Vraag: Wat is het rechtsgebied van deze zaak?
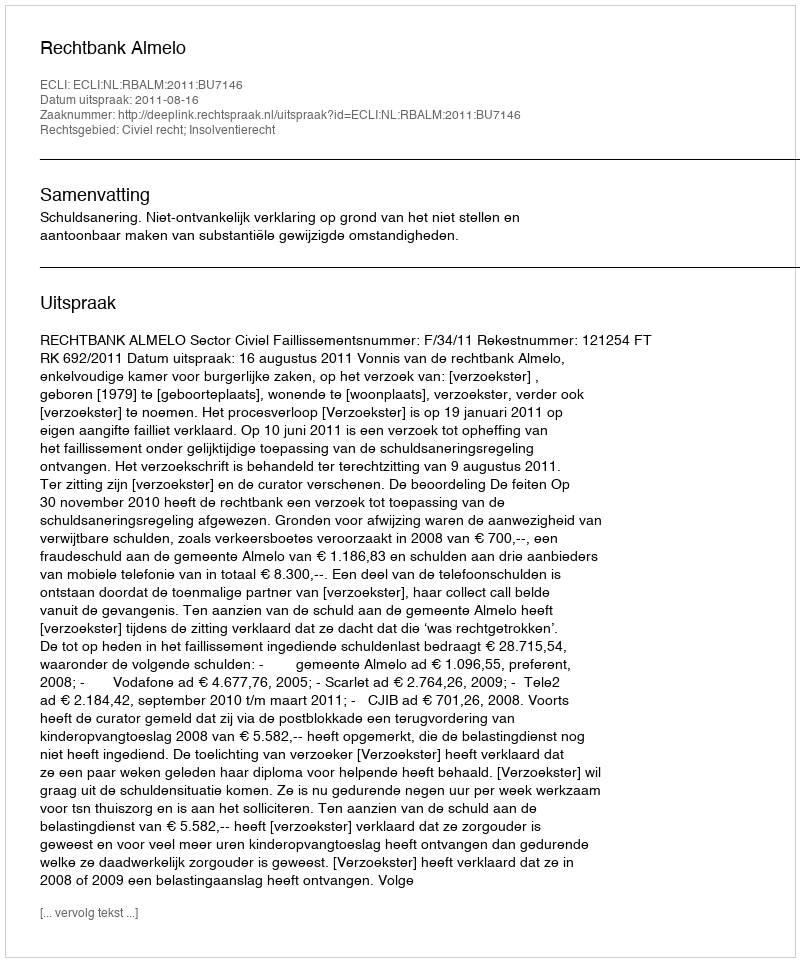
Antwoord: Civiel recht; Insolventierecht